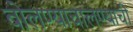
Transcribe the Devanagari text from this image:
बोलण्याचालण्याची